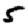
Digit: 5